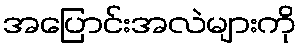
အပြောင်းအလဲများကို